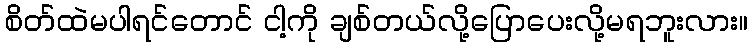
စိတ်ထဲမပါရင်တောင် ငါ့ကို ချစ်တယ်လို့ပြောပေးလို့မရဘူးလား။